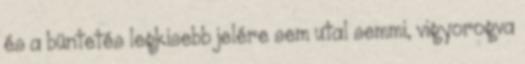
és a büntetés legkisebb jelére sem utal semmi, vigyorogva